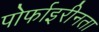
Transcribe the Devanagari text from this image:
पोर्फाइरीनता